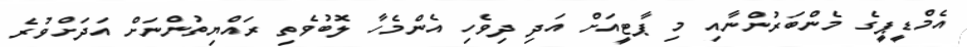
އެމްޑީޕީގެ މެންބަރުންނާއި މި ޕާޓީއަށް އަދި ދިވެހި އެންމެހާ ލޮބުވެތި ރައްޔިތުންނަށް އަދަށްވުރެ